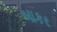
બાકર